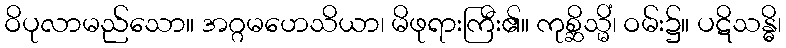
ဝိပုလာမည်သော။ အဂ္ဂမဟေသိယာ၊ မိဖုရားကြီး၏။ ကုစ္ဆိသ္မိံ၊ ဝမ်း၌။ ပဋိသန္ဓိ၊